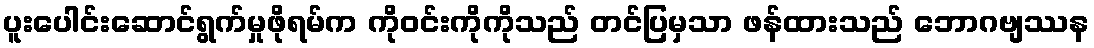
ပူးပေါင်းဆောင်ရွက်မှုဖိုရမ်က ကိုဝင်းကိုကိုသည် တင်ပြမှသာ ဖန်ထားသည် ဘောဂဗျဿန